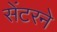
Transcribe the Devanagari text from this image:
सेंटरने